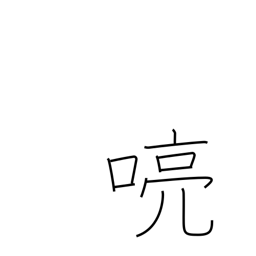
Meaning: clear voice